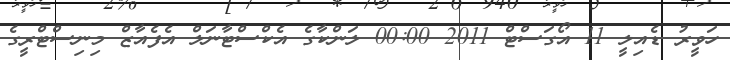
ހަވީރު ޑެއިލީ 11 އޯގަސްޓް 2011 00:00 ލަންކާގެ އެކްސްޓާނަލް އެފެއާޒް މިނިސްޓްރީގެ